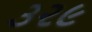
૩૨૯